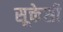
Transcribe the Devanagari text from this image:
सूक्तेसी